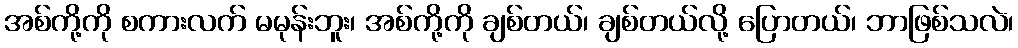
အစ်ကို့ကို စကားလက် မမုန်းဘူး၊ အစ်ကို့ကို ချစ်တယ်၊ ချစ်တယ်လို့ ပြောတယ်၊ ဘာဖြစ်သလဲ၊